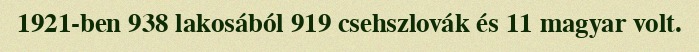
1921-ben 938 lakosából 919 csehszlovák és 11 magyar volt.